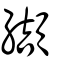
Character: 纈